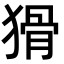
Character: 猾